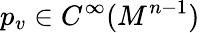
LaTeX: p_{v}\in C^{\infty}(M^{n-1})